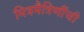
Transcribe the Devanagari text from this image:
मित्रमैत्रिणींची